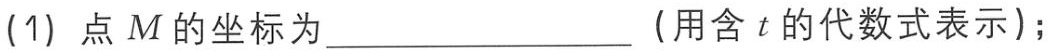
(1) 点 \(M\) 的坐标为________________（用含 \(t\) 的代数式表示）；